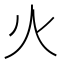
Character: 火